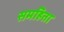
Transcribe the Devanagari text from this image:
समहिता